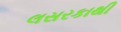
લસરકાથી